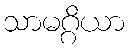
သာမဂ္ဂိယာ